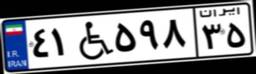
۴۱W۵۹۸۳۵